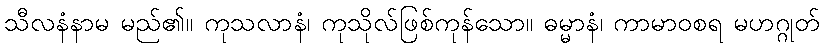
သီလနံနာမ မည်၏။ ကုသလာနံ၊ ကုသိုလ်ဖြစ်ကုန်သော။ ဓမ္မာနံ၊ ကာမာဝစရ မဟဂ္ဂုတ်